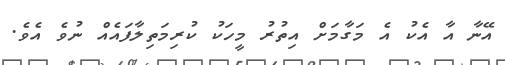
އޭނާ އާ އެކު އެ މަގާމަށް އިތުރު މީހަކު ކުރިމަތިލާފައެއް ނުވެ އެވެ.